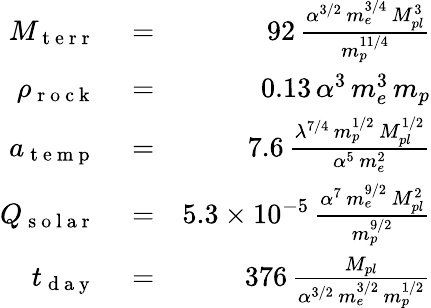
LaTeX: \begin{array}{rlr}{M_{\mathrm{~t~e~r~r~}}}&{{}=}&{92\, \frac{\alpha^{3/2}\, m_{e}^{3/4}\, M_{pl}^{3}}{m_{p}^{11/4}}}\\ {\rho_{\mathrm{~r~o~c~k~}}}&{{}=}&{0.13\, \alpha^{3}\, m_{e}^{3}\, m_{p}}\\ {a_{\mathrm{~t~e~m~p~}}}&{{}=}&{7.6\, \frac{\lambda^{7/4}\, m_{p}^{1/2}\, M_{pl}^{1/2}}{\alpha^{5}\, m_{e}^{2}}}\\ {Q_{\mathrm{~s~o~l~a~r~}}}&{{}=}&{5.3\times 10^{-5}\, \frac{\alpha^{7}\, m_{e}^{9/2}\, M_{pl}^{2}}{m_{p}^{9/2}}}\\ {t_{\mathrm{~d~a~y~}}}&{{}=}&{376\, \frac{M_{pl}}{\alpha^{3/2}\, m_{e}^{3/2}\, m_{p}^{1/2}}}\end{array}